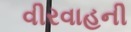
વીરવાહની